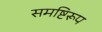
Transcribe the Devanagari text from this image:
समष्टिरूप